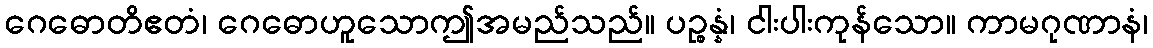
ဂေဓောတိဧတံ၊ ဂေဓောဟူသောဤအမည်သည်။ ပဉ္စန္နံ၊ ငါးပါးကုန်သော။ ကာမဂုဏာနံ၊